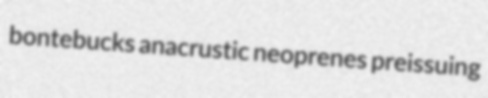
bontebucks anacrustic neoprenes preissuing